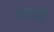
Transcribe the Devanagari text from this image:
बचावी